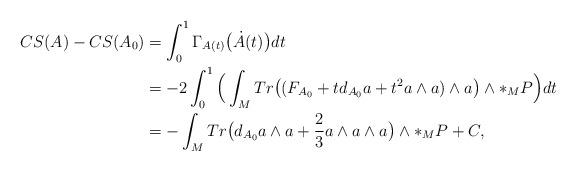
LaTeX: \begin{align*}CS(A)-CS(A_{0})&=\int_{0}^{1}\Gamma_{A(t)}\big{(}\dot{A}(t)\big{)}dt\\&=-2\int_{0}^{1}\Big{(}\int_{M}Tr\big{(}(F_{A_{0}}+td_{A_{0}}a+t^{2}a\wedge a)\wedge a\big{)}\wedge\ast_{M} P\Big{)}dt\\&=-\int_{M}Tr\big{(}d_{A_{0}}a\wedge a+\frac{2}{3}a\wedge a\wedge a\big{)}\wedge\ast_{M}P+C,\\\end{align*}